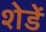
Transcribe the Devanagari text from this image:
शेडें